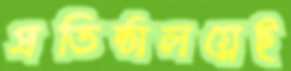
প্রতিষ্ঠালগ্নেই